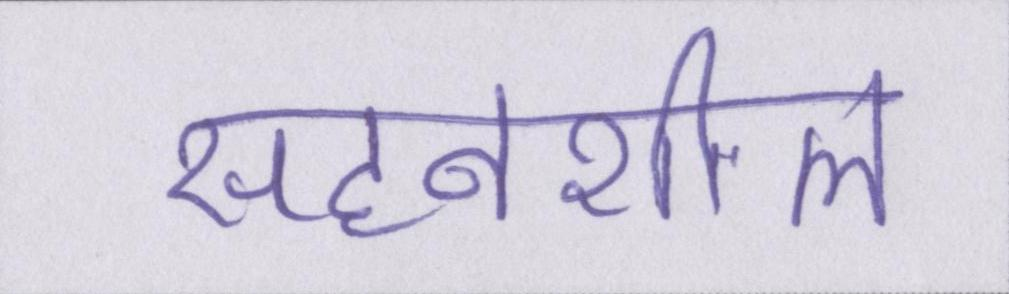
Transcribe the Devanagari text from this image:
सहनशील